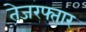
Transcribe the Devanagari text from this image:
तेजरफ्तार